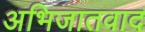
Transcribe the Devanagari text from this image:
अभिजातवाद